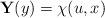
LaTeX: \begin{align*}\mathbf{Y}(y)=\chi(u,x)\end{align*}